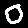
Digit: 0